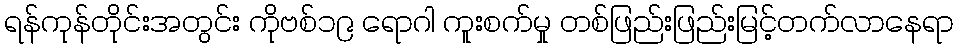
ရန်ကုန်တိုင်းအတွင်း ကိုဗစ်၁၉ ရောဂါ ကူးစက်မှု တစ်ဖြည်းဖြည်းမြင့်တက်လာနေရာ